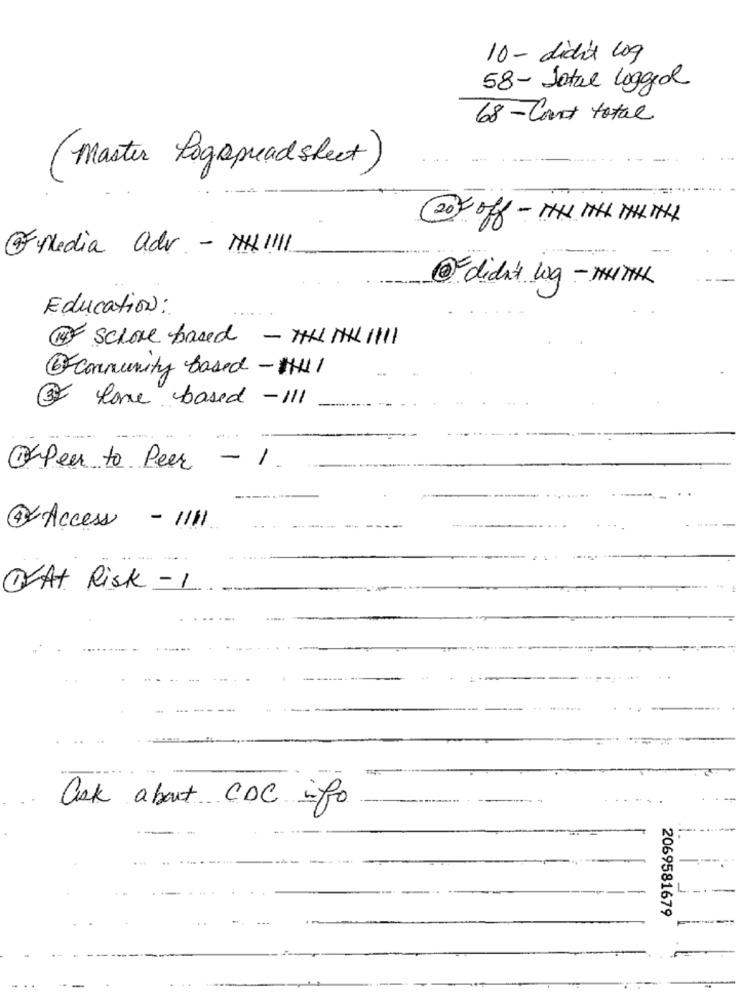
10- didn't 2og
58- Jotul Logged
68- Cont total
(Master Logspreadsheet)
@ Media adv - HH !!!! 1
2-didn't log -WITH
Education:
4 school based - THINK 1111
Community Based - HUI
@ Home based -111
OFPeer to Peer
- 1
4-Access - 111
@At Risk - 1
.....
ask about CDC info
2069581679